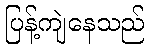
ပြန့်ကျဲနေသည်